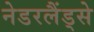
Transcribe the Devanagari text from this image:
नेडरलैंड्से